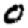
Digit: 0